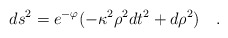
\begin{align*}ds^2=e^{-\varphi}(-\kappa^2\rho^2dt^2+d\rho^2)~~~.\end{align*}